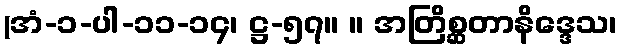
(အံ-၁-ပါ-၁၁-၁၄၊ ဋ္ဌ-၅၇။ ။ အတြိစ္ဆတာနိဒ္ဒေသ၊